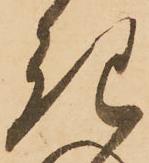
き